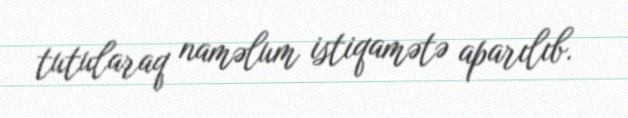
tutularaq naməlum istiqamətə aparılıb.